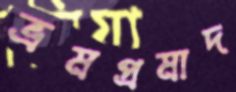
ভ্রমপ্রমাদ